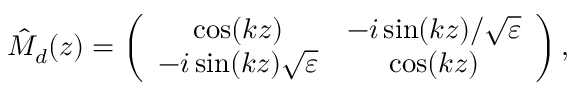
\hat { M } _ { d } ( z ) = \left( \begin{array} { c c } { \cos ( k z ) } & { - i \sin ( k z ) / \sqrt { \varepsilon } } \\ { - i \sin ( k z ) \sqrt { \varepsilon } } & { \cos ( k z ) } \end{array} \right) ,